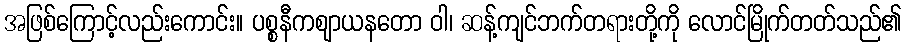
အဖြစ်ကြောင့်လည်းကောင်း။ ပစ္စနီကဈာယနတော ဝါ၊ ဆန့်ကျင်ဘက်တရားတို့ကို လောင်မြိုက်တတ်သည်၏